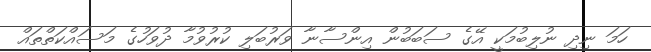
ހަމަ ނިދި ނުލިބުމަކީ އޭގެ ސަބަބުން އިންސާނާ ވަރުބަލި ކުރުވުމާ ދުވަހުގެ މަސައްކަތްތައް